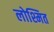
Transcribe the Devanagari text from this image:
लोश्मित